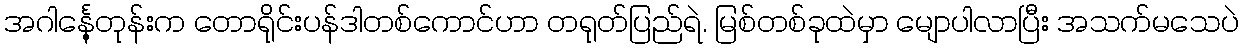
အဂါင်္နေ့တုန်းက တောရိုင်းပန်ဒါတစ်ကောင်ဟာ တရုတ်ပြည်ရဲ. မြစ်တစ်ခုထဲမှာ မျောပါလာပြီး အသက်မသေပဲ